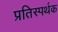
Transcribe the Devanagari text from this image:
प्रतिस्पर्थक